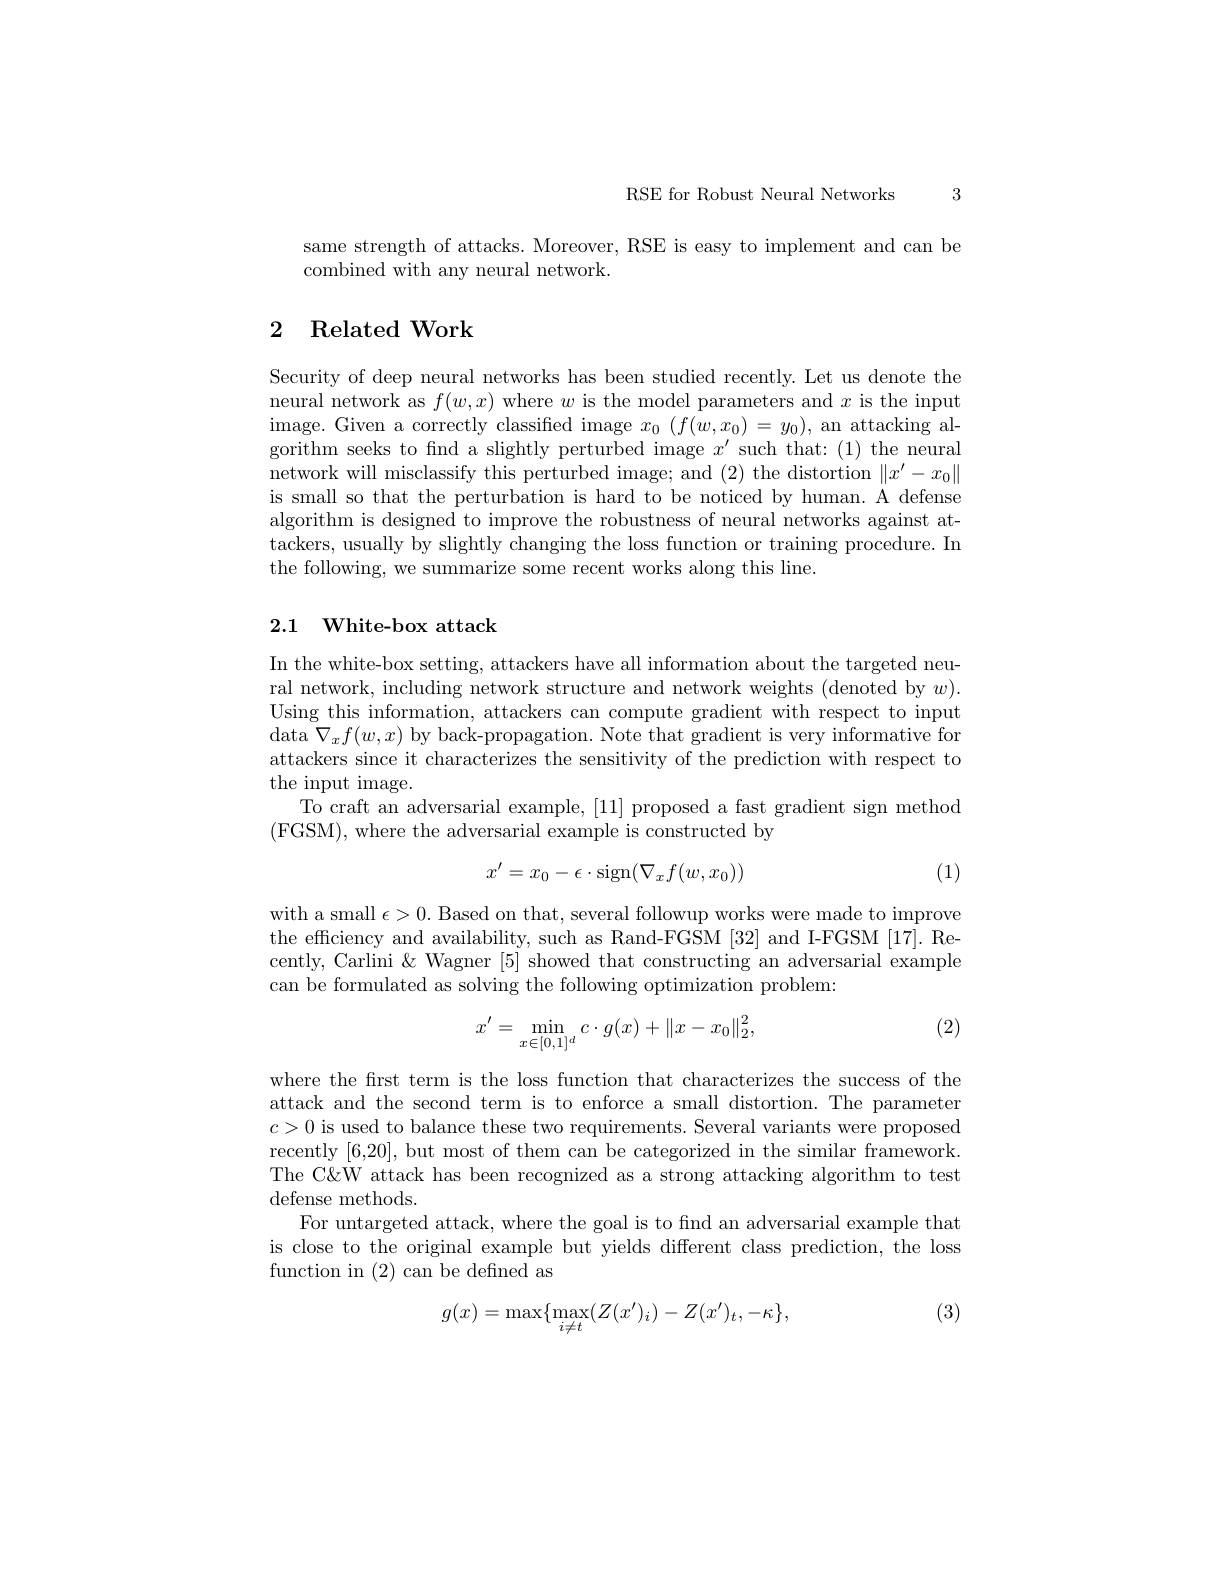
3

RSE for Robust Neural Networks

same strength of attacks. Moreover, RSE is easy to implement and can be
combined with any neural network.

# 2 Related Work

Security of deep neural networks has been studied recently. Let us denote the neural network as $f(w,x)$ where $w$ is the model parameters and $x$ is the input image. Given a correctly classified image $x_0\left(f(w,x_{0})\right.=y_{0})$, an attacking algorithm seeks to find a slightly perturbed image $x^\prime$ such that:(1) the neural network will misclassify this perturbed image; and (2) the distortion $\|x^\prime-x_0\|$ is small so that the perturbation is hard to be noticed by human. A defense algorithm is designed to improve the robustness of neural networks against attackers, usually by slightly changing the loss function or training procedure. In the following, we summarize some recent works along this line.

## 2.1 White-box attack

In the white-box setting, attackers have all information about the targeted neural network, including network structure and network weights (denoted by $w).$ Using this information, attackers can compute gradient with respect to input data $\nabla_xf(w,x)$ by back-propagation. Note that gradient is very informative for attackers since it characterizes the sensitivity of the prediction with respect to the input image.
To craft an adversarial example, [11] proposed a fast gradient sign method
(FGSM),where the adversarial example is constructed by

(1)
$$x'=x_0-\epsilon\cdot\mathrm{sign}(\nabla_xf(w,x_0))$$
with a small $\epsilon>0.$ Based on that, several followup works were made to improve the efficiency and availability, such as Rand-FGSM [32] and I-FGSM [17]. Recently, Carlini & Wagner [5] showed that constructing an adversarial example can be formulated as solving the following optimization problem:

(2)
$$x'=\min_{x\in[0,1]^d}c\cdot g(x)+\|x-x_0\|_2^2,$$
where the first term is the loss function that characterizes the success of the attack and the second term is to enforce a small distortion. The parameter $c>0$ is used to balance these two requirements. Several variants were proposed recently [6,20], but most of them can be categorized in the similar framework. The C&W attack has been recognized as a strong attacking algorithm to test defense methods.
For untargeted attack, where the goal is to fnd an adversarial example that is close to the original example but yields different class prediction, the loss function in (2)can be defined as

(3)
$$g(x)=\max\{\max_{i\neq t}(Z(x')_{i})-Z(x')_{t},-\kappa\},$$